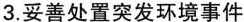
3.妥善处置突发环境事件